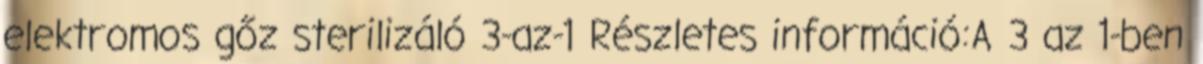
elektromos gőz sterilizáló 3-az-1 Részletes információ:A 3 az 1-ben